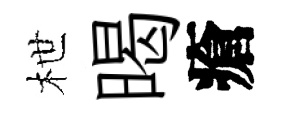
枻暍瘡